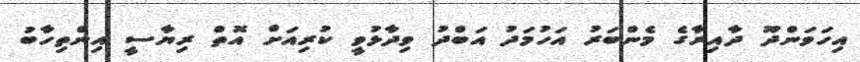
އިހަވަންދޫ ދާއިރާގެ މެންބަރު އަހުމަދު އަބްދު ވިދާޅުވީ ކުރިއަށް އޮތް ރިޔާސީ އިންތިހާބު